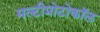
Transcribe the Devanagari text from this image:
मल्टीप्रोटोकॉल